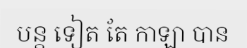
បន្ត ទៀត តែ កាឡា បាន